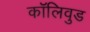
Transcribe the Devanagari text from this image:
कॉलिवुड